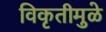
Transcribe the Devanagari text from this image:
विकृतीमुळे